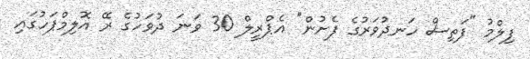
ފިލްމު "ފަތިސް ހަނދުވަރުގެ ފެށުން" އެޕްރީލް 30 ވަނަ ދުވަހުގެ ރޭ އޮލިމްޕަހުގައި